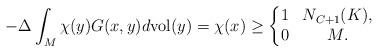
LaTeX: \begin{align*} -\Delta\int_M \chi(y)G(x,y)d\mathrm{vol}(y)=\chi(x)\geq\left\lbrace\begin{matrix} 1 & N_{C+1}(K),\\ 0 & M. \end{matrix}\right. \end{align*}